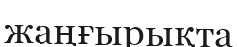
жаңғырықта